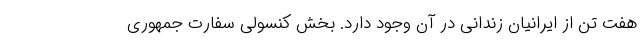
هفت تن از ایرانیان زندانی در آن وجود دارد. بخش کنسولی سفارت جمهوری